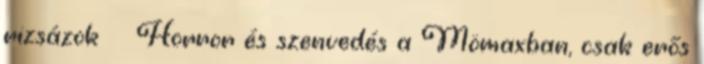
rizsázok Horror és szenvedés a Mömaxban, csak erős